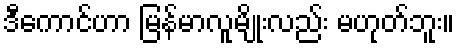
ဒီကောင်ဟာ မြန်မာလူမျိုးလည်း မဟုတ်ဘူး။